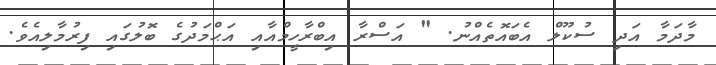
މާދަމާ އަދި ސުކޫލް އެބައޮތެއްނު. " އަސްރާ އިބްރާހީމްއާއި އަޙްމަދުގެ ބޮލުގައި ފިރުމާލިއެވެ.